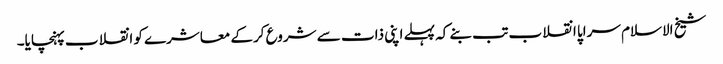
شیخ الاسلام سراپا انقلاب تب بنے کہ پہلے اپنی ذات سے شروع کرکے معاشرے کو انقلاب پہنچایا۔